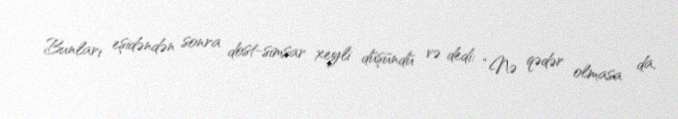
Bunları eşidəndən sonra dost-simsar xeyli düşündü və dedi: “Nə qədər olmasa da,